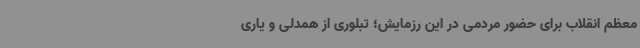
معظم انقلاب برای حضور مردمی در این رزمایش؛ تبلوری از همدلی و یاری